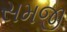
સમજી